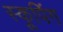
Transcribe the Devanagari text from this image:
स्कूपिंग